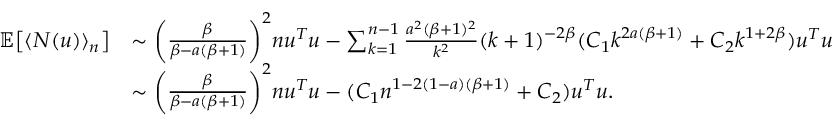
\begin{array} { r l } { \mathbb { E } \big [ \langle N ( u ) \rangle _ { n } \big ] } & { \sim \bigg ( \frac { \beta } { \beta - a ( \beta + 1 ) } \bigg ) ^ { 2 } n u ^ { T } u - \sum _ { k = 1 } ^ { n - 1 } \frac { a ^ { 2 } ( \beta + 1 ) ^ { 2 } } { k ^ { 2 } } ( k + 1 ) ^ { - 2 \beta } ( C _ { 1 } k ^ { 2 a ( \beta + 1 ) } + C _ { 2 } k ^ { 1 + 2 \beta } ) u ^ { T } u } \\ & { \sim \bigg ( \frac { \beta } { \beta - a ( \beta + 1 ) } \bigg ) ^ { 2 } n u ^ { T } u - ( C _ { 1 } n ^ { 1 - 2 ( 1 - a ) ( \beta + 1 ) } + C _ { 2 } ) u ^ { T } u . } \end{array}